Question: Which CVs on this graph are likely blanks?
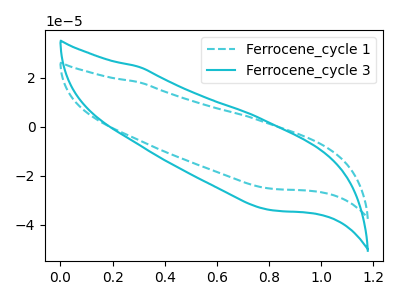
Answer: <think>The cyan dashed curve "Ferrocene_cycle 1" has no peaks. The cyan curve "Ferrocene_cycle 3" has no peaks.</think>
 <answer>"Ferrocene_cycle 1" and "Ferrocene_cycle 3" are likely to be blanks.</answer>
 <eval>"Ferrocene_cycle 1", "Ferrocene_cycle 3"</eval>